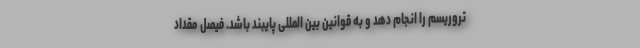
تروریسم را انجام دهد و به قوانین بین المللی پایبند باشد. فیصل مقداد